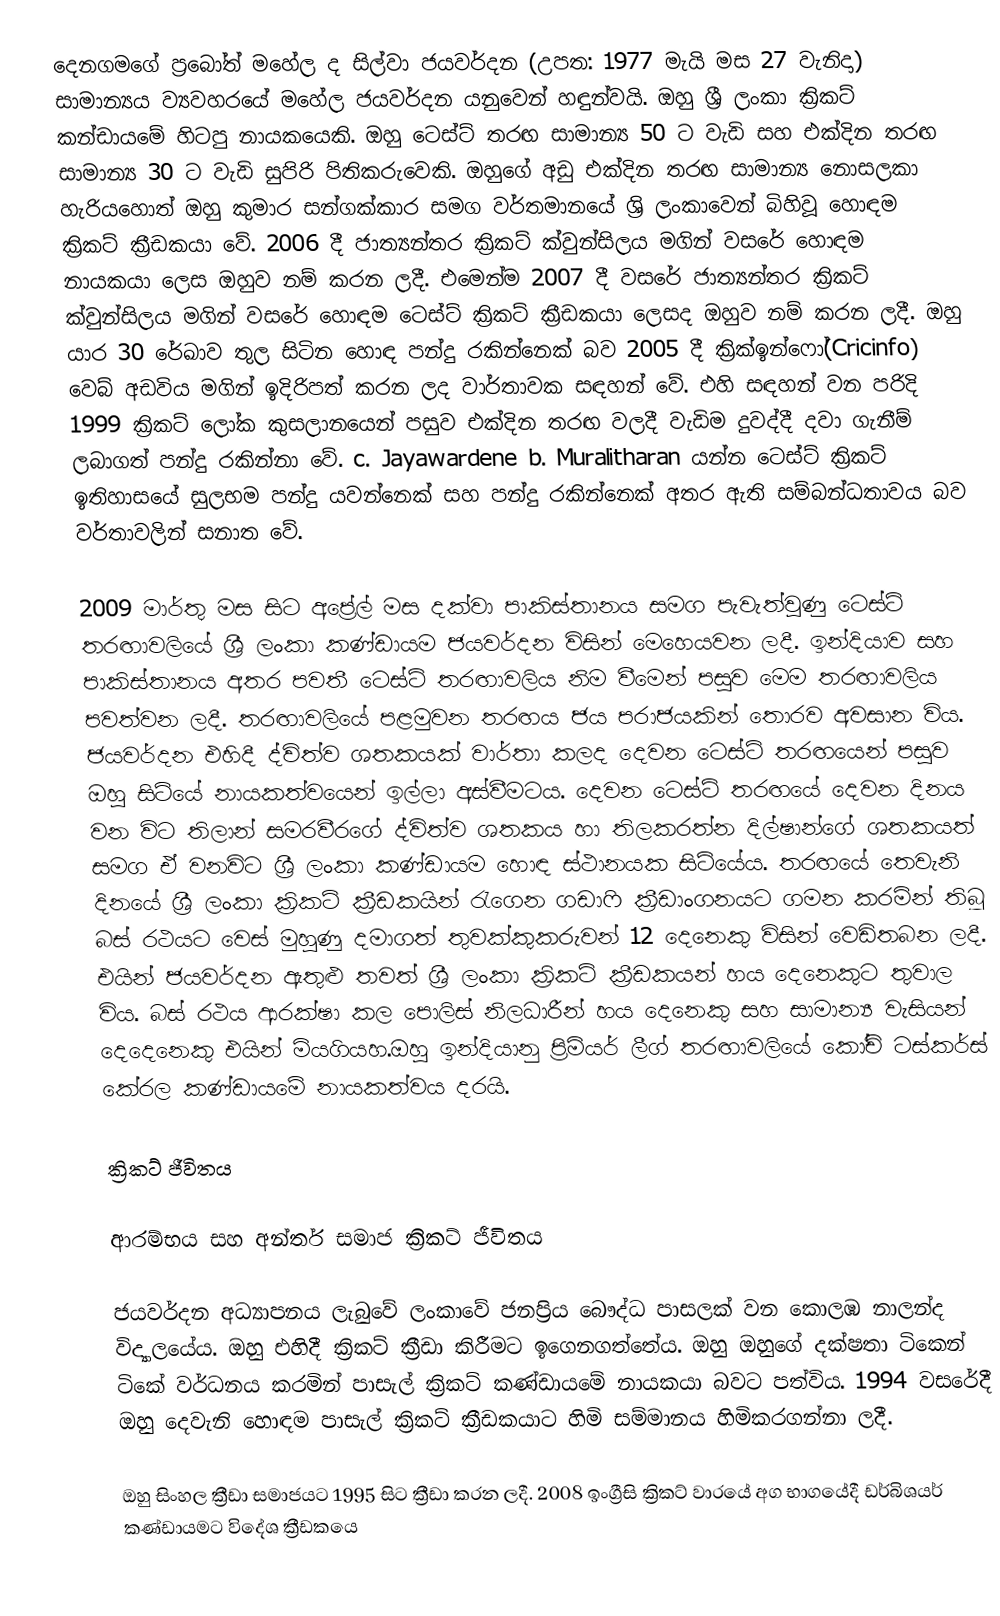
දෙනගමගේ ප්‍රබෝත් මහේල ද සිල්වා ජයවර්දන (උපත: 1977 මැයි මස 27 වැනිදා) සාමාන්‍යය ව්‍යවහරයේ මහේල ජයවර්දන යනුවෙන් හඳුන්වයි. ඔහු ශ්‍රී ලංකා ක්‍රිකට් කන්ඩායමේ හිටපු නායකයෙකි. ඔහු ටෙස්ට් තරඟ සාමාන්‍ය 50 ට වැඩි සහ එක්දින තරඟ සාමාන්‍ය 30 ට වැඩි සුපිරි පිතිකරුවෙකි. ඔහුගේ අඩු එක්දින තරඟ සාමාන්‍ය නොසලකා හැරියහොත් ඔහු කුමාර සන්ගක්කාර සමග වර්තමානයේ ශ්‍රි ලංකාවෙන් බිහිවූ හොඳම ක්‍රිකට් ක්‍රීඩකයා වේ. 2006 දී ජාත්‍යන්තර ක්‍රිකට් ක්වුන්සිලය මගින් වසරේ හොඳම නායකයා ලෙස ඔහුව නම් කරන ලදී. එමෙන්ම 2007 දී වසරේ ජාත්‍යන්තර ක්‍රිකට් ක්වුන්සිලය මගින් වසරේ හොඳම ටෙස්ට් ක්‍රිකට් ක්‍රීඩකයා ලෙසද ඔහුව නම් කරන ලදී. ඔහු යාර 30 රේඛාව තුල සිටින හොඳ පන්දු රකින්නෙක් බව 2005 දී ක්‍රික්ඉන්ෆෝ(Cricinfo) වෙබ් අඩවිය මගින් ඉදිරිපත් කරන ලද වාර්තාවක සඳහන් වේ. එහි සඳහන් වන පරිදි 1999 ක්‍රිකට් ලෝක කුසලානයෙන් පසුව එක්දින තරඟ වලදී වැඩිම දුවද්දී දවා ගැනීම් ලබාගත් පන්දු රකින්නා වේ. c. Jayawardene b. Muralitharan යන්න ටෙස්ට් ක්‍රිකට් ඉතිහාසයේ සුලභම පන්දු යවන්නෙක් සහ පන්දු රකින්නෙක් අතර ඇති සම්බන්ධතාවය බව වර්තාවලින් සනාත වේ.

2009 මාර්තු මස සිට අප්‍රේල් මස දක්වා පාකිස්තානය සමග පැවැත්වුණු ටෙස්ට් තරඟාවලියේ ශ්‍රී ලංකා කණ්ඩායම ජයවර්දන විසින් මෙහෙයවන ලදී. ඉන්දියාව සහ පාකිස්තානය අතර පවතී ටෙස්ට් තරඟාවලිය නිම වීමෙන් පසුව මෙම තරඟාවලිය පවත්වන ලදී. තරඟාවලියේ පළමුවන තරඟය ජය පරාජයකින් තොරව අවසාන විය. ජයවර්දන එහිදී ද්විත්ව ශතකයක් වාර්තා කලද දෙවන ටෙස්ට් තරඟයෙන් පසුව ඔහු සිටියේ නායකත්වයෙන් ඉල්ලා අස්වීමටය. දෙවන ටෙස්ට් තරඟයේ දෙවන දිනය වන විට තිලාන් සමරවීරගේ ද්විත්ව ශතකය හා තිලකරත්න දිල්ෂාන්ගේ ශතකයත් සමග ඒ වනවිට ශ්‍රී ලංකා කණ්ඩායම හොඳ ස්ථානයක සිටියේය. තරඟයේ තෙවැනි දිනයේ ශ්‍රී ලංකා ක්‍රිකට් ක්‍රීඩකයින් රැගෙන ගඩාෆි ක්‍රීඩාංගනයට ගමන කරමින් තිබූ බස් රථයට වෙස් මුහුණු දමාගත් තුවක්කුකරුවන් 12 දෙනෙකු විසින් වෙඩිතබන ලදී. එයින් ජයවර්දන ඇතුළු තවත් ශ්‍රී ලංකා ක්‍රිකට් ක්‍රීඩකයන් හය දෙනෙකුට තුවාල විය. බස් රථය ආරක්ෂා කල පොලිස් නිලධාරීන් හය දෙනෙකු සහ සාමාන්‍ය වැසියන් දෙදෙනෙකු එයින් මියගියහ.ඔහු ඉන්දියානු ප්‍රිමියර් ලීග් තරඟාවලියේ කෝචි ටස්කර්ස් කේරල කණ්ඩායමේ නායකත්වය දරයි.

ක්‍රිකට් ජීවිතය

ආරම්භය සහ අන්තර් සමාජ ක්‍රිකට් ජීවිතය

ජයවර්දන අධ්‍යාපනය ලැබුවේ ලංකාවේ ජනප්‍රිය බෞද්ධ පාසලක්‌ වන කොලඹ නාලන්ද  විද්‍යාලයේය. ඔහු එහිදී ක්‍රිකට් ක්‍රීඩා කිරීමට ඉගෙනගත්තේය. ඔහු ඔහුගේ දක්ෂතා ටිකෙන් ටිකේ වර්ධනය කරමින් පාසැල් ක්‍රිකට් කණ්ඩායමේ නායකයා බවට පත්විය. 1994 වසරේදී ඔහු දෙවැනි හොඳම පාසැල් ක්‍රිකට් ක්‍රීඩකයාට හිමි සම්මානය හිමිකරගන්නා ලදී.

ඔහු සිංහල ක්‍රීඩා සමාජයට 1995 සිට ක්‍රීඩා කරන ලදී. 2008 ඉංග්‍රීසි ක්‍රිකට් වාරයේ අග භාගයේදී ඩර්බිශයර් කණ්ඩායමට විදේශ ක්‍රීඩකයෙ